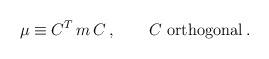
LaTeX: \begin{align*}\mu \equiv C^T \, m \, C\,,\qquad C \ \mbox{orthogonal}\,.\end{align*}